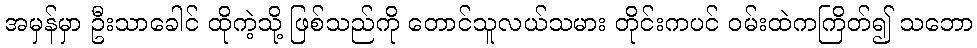
အမှန်မှာ ဦးသာခေါင် ထိုကဲ့သို့ ဖြစ်သည်ကို တောင်သူလယ်သမား တိုင်းကပင် ဝမ်းထဲကကြိတ်၍ သဘော